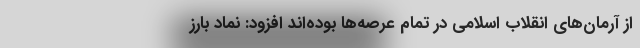
از آرمان‌های انقلاب اسلامی در تمام عرصه‌ها بوده‌اند افزود: نماد بارز